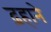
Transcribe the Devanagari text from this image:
ढ़हाने